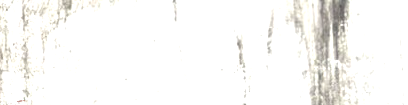
Under New Mgmt